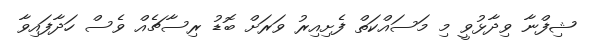
ޝިފްނާ ވިދާޅުވީ މި މަސައްކަތް ފެށިއިރު ވަރަށް ބޮޑު ރިސާޗެއް ވެސް ހަދާފައިވާ